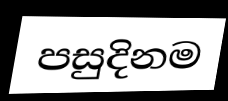
පසුදිනම